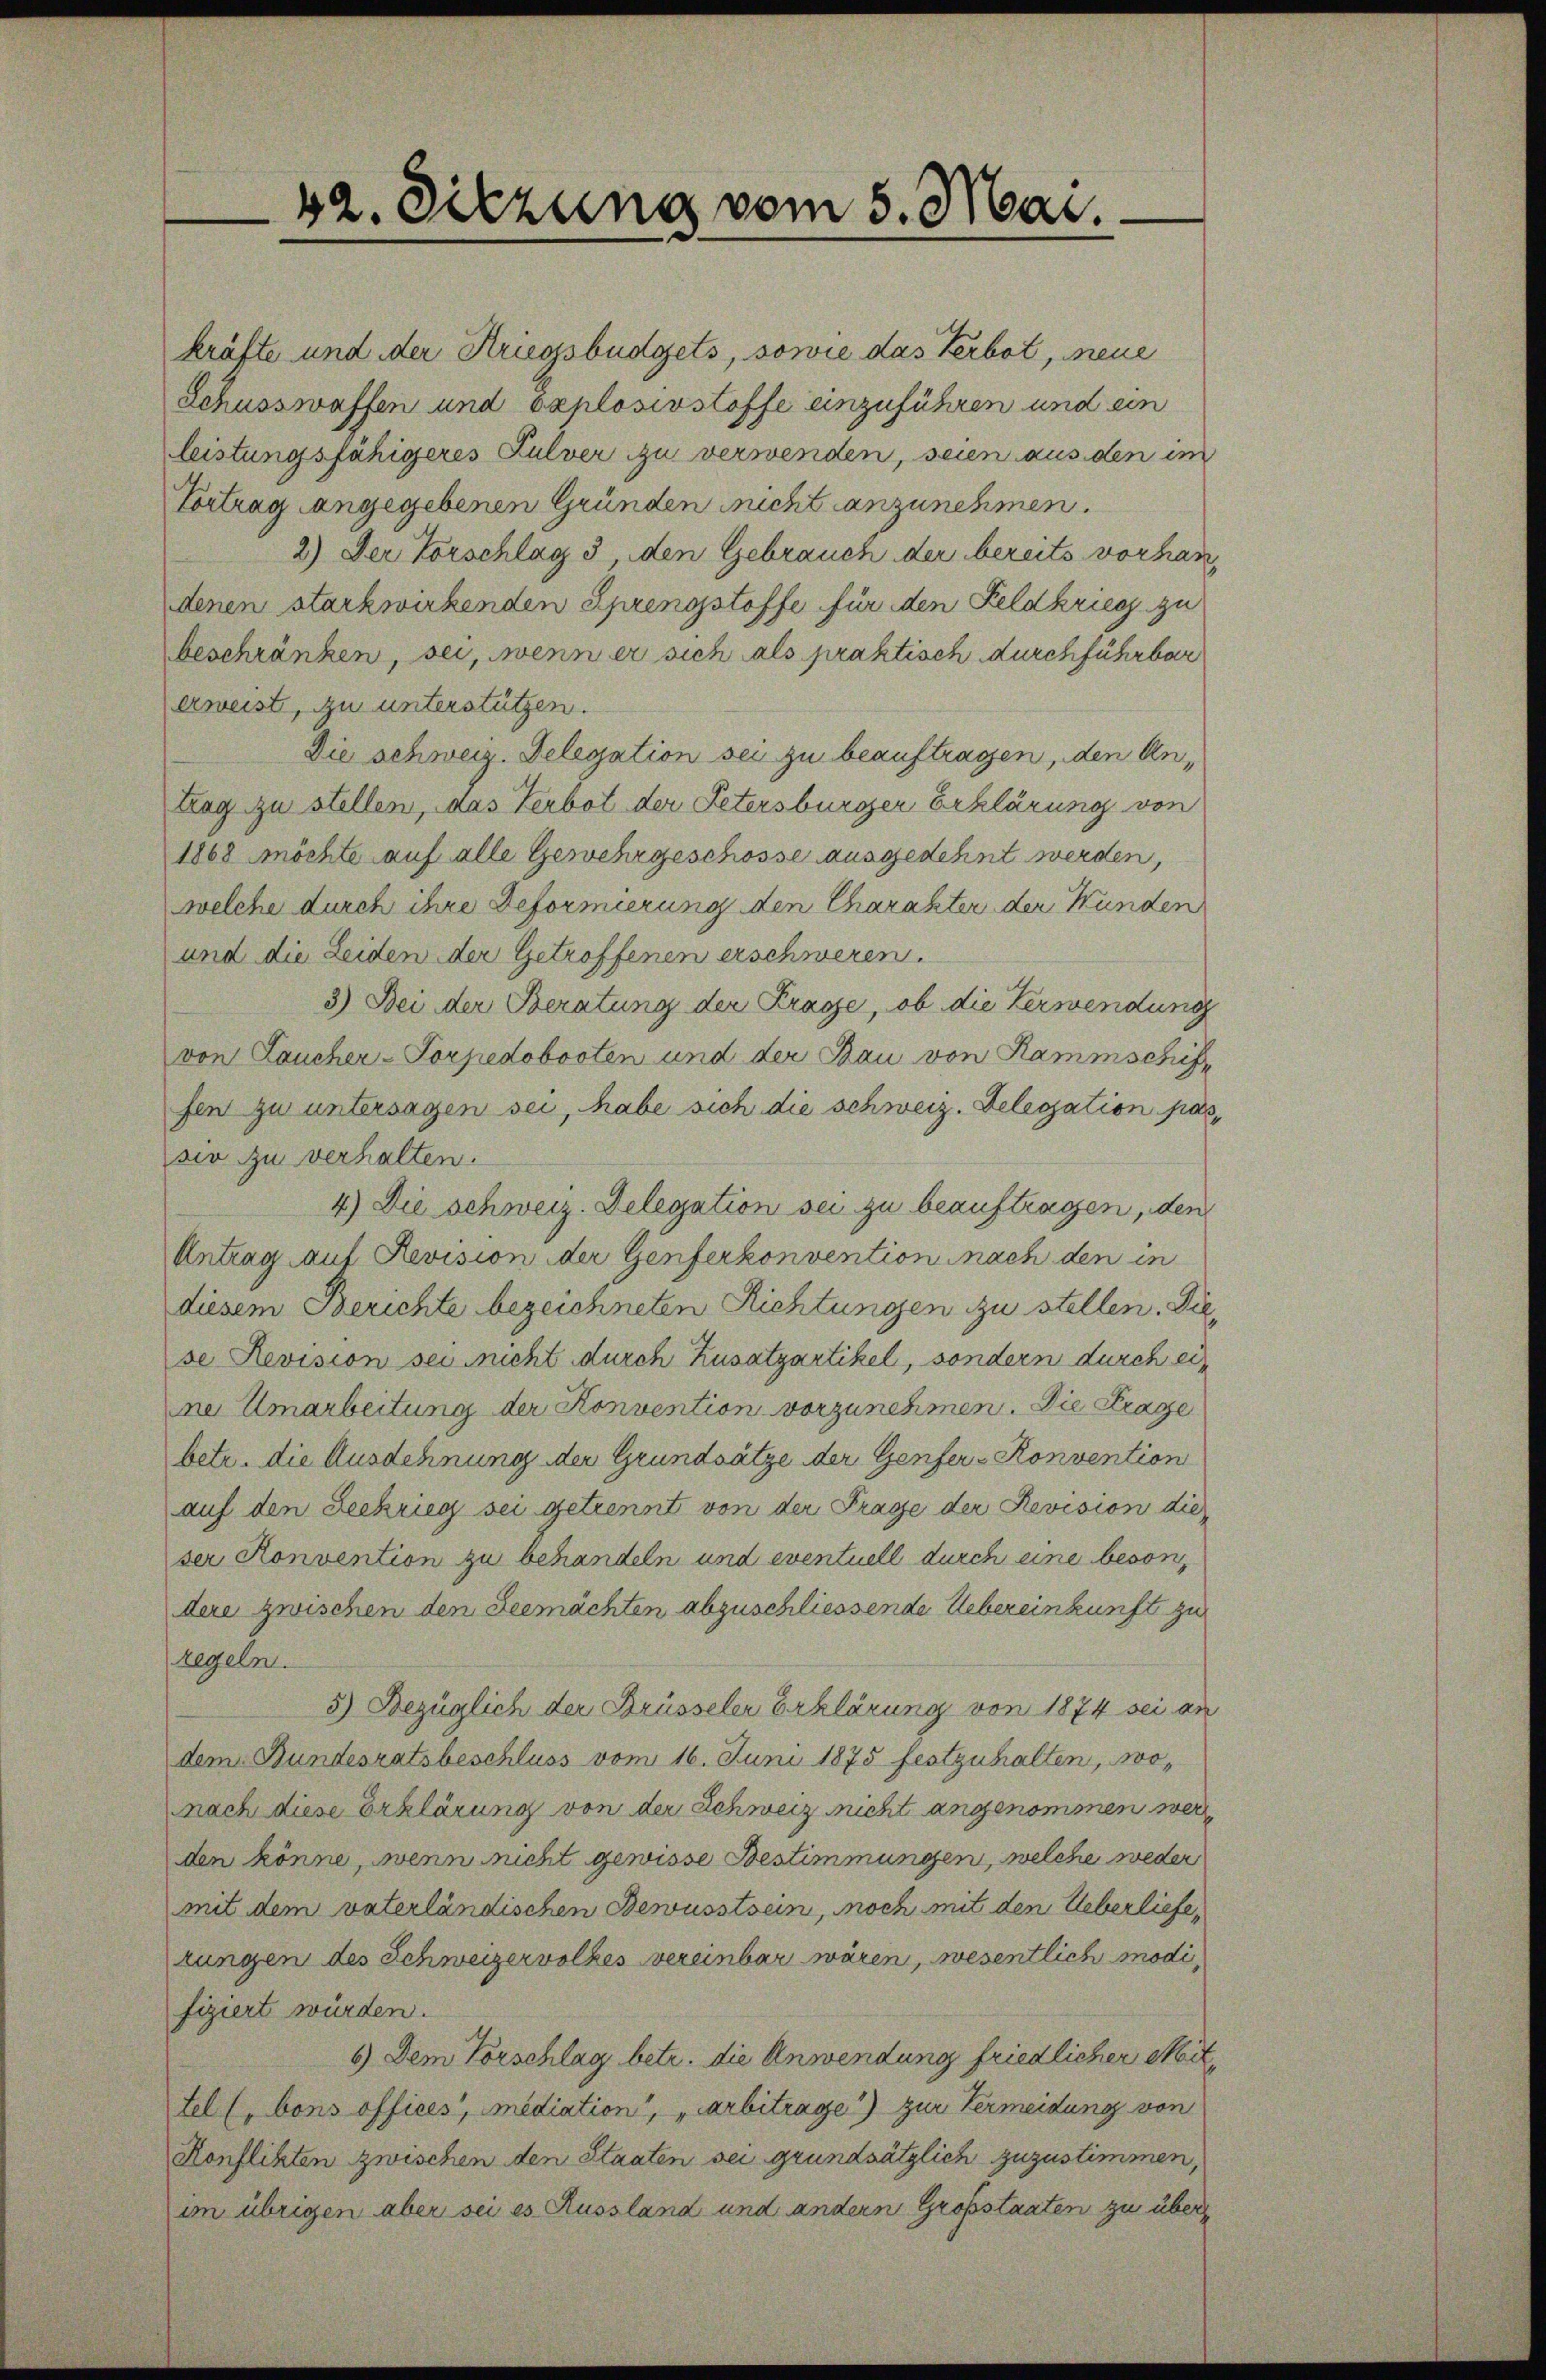
42. Sitzung vom 5. Mai.

kräfte und der Kriegsbüdgets, sowie das Verbot, neue
Schusswaffen und explosivstoffe einzuführen und ein
leistungsfähigeres Pulver zu verwenden, seien aus den im
Vortrag angegebenen Gründen nicht anzunehmen.
2.) Der Vorschlag 3, den Gebrauch der bereits vorhandenen starkwirkenden Ehrengstoffe für den Feldkrieg zu
beschränken, sei, wenn er sich als praktisch durchführbar
erweist, zu unterstützen.
Die schweiz. Delegation sei zu beauftragen, den Antrag zu stellen, das Verbot der Petersburger Erklärung von
1868 möchte auf alle Gewehrgeschosse ausgedehnt werden,
welche durch ihre Beformierung den Charakter der Wunden
und die Leiden der Getroffenen erschweren.
3) Bei der Beratung der Frage, ob die Verwendung
von Laucher-Torpedobooten und der Bau von Rammschuf
fen zu untersagen sei, habe sich die schweiz. Delegation pas
sio zu verhalten.
4) Die schweiz. Delegation sei zu beauftragen, den
Antrag auf Revision der Genferkonvention nach den in
diesem Berichte bezeichneten Richtungen zu stellen. Diese Revision sei nicht durch Zusatzartikel, sondern durch ein
ne Umarbeitung der Konvention vorzunehmen. Die Frage
betr. die Ausdehnung der Grundsätze der Genfer- Konvention
auf den Leekrieg sei getrennt von der Frage der Revision die
ser Konvention zu behandeln und eventuell durch eine besondere zwischen den Seemächten abzuschliessende Uebereinkunft zu
regeln.
5) Bezüglich der Brüsseler Erklärung von 1874 sei an
dem Bundesratsbeschluss vom 16. Juni 1875 festzuhalten, wonach diese Erklärung von der Schweiz nicht angenommen wer
den könne, wenn nicht gewisse Bestimmungen, welche weder
mit dem vaterländischen Bewusstsein, noch mit den Ueberliefezungen des Schweizervolkes vereinbar wären, wesentlich modifiziert würden.
6) Dem Vorschlag betr. die Anwendung friedlicher Mit¬
Ellbons offices, mediation, „arbitrage) zur Vermeidung von
Konflikten zwischen den Staaten sei grundsätzlich zuzustimmen,
im übrigen aber sei es Russland und andern Großstaaten zu über